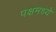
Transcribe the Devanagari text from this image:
पक्षमध्ये